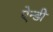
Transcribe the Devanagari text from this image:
ऐन्डी